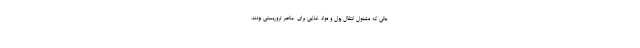
حالی که مشغول انتقال پول و مواد غذایی برای عناصر تروریستی بودند،